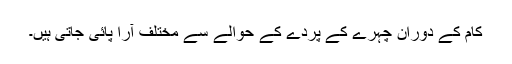
کام کے دوران چہرے کے پردے کے حوالے سے مختلف آرا پائی جاتی ہیں۔